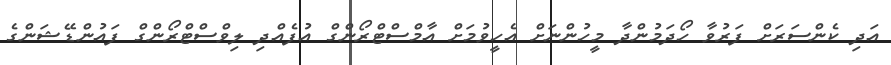
އަދި ކެންސަރަށް ފަރުވާ ހޯދަމުންދާ މީހުންނަށް އެހީވުމަށް އާމްސްޓްރޯންގް އުފެއްދި ލިވްސްޓްރޯންގް ފައުންޑޭޝަންގެ